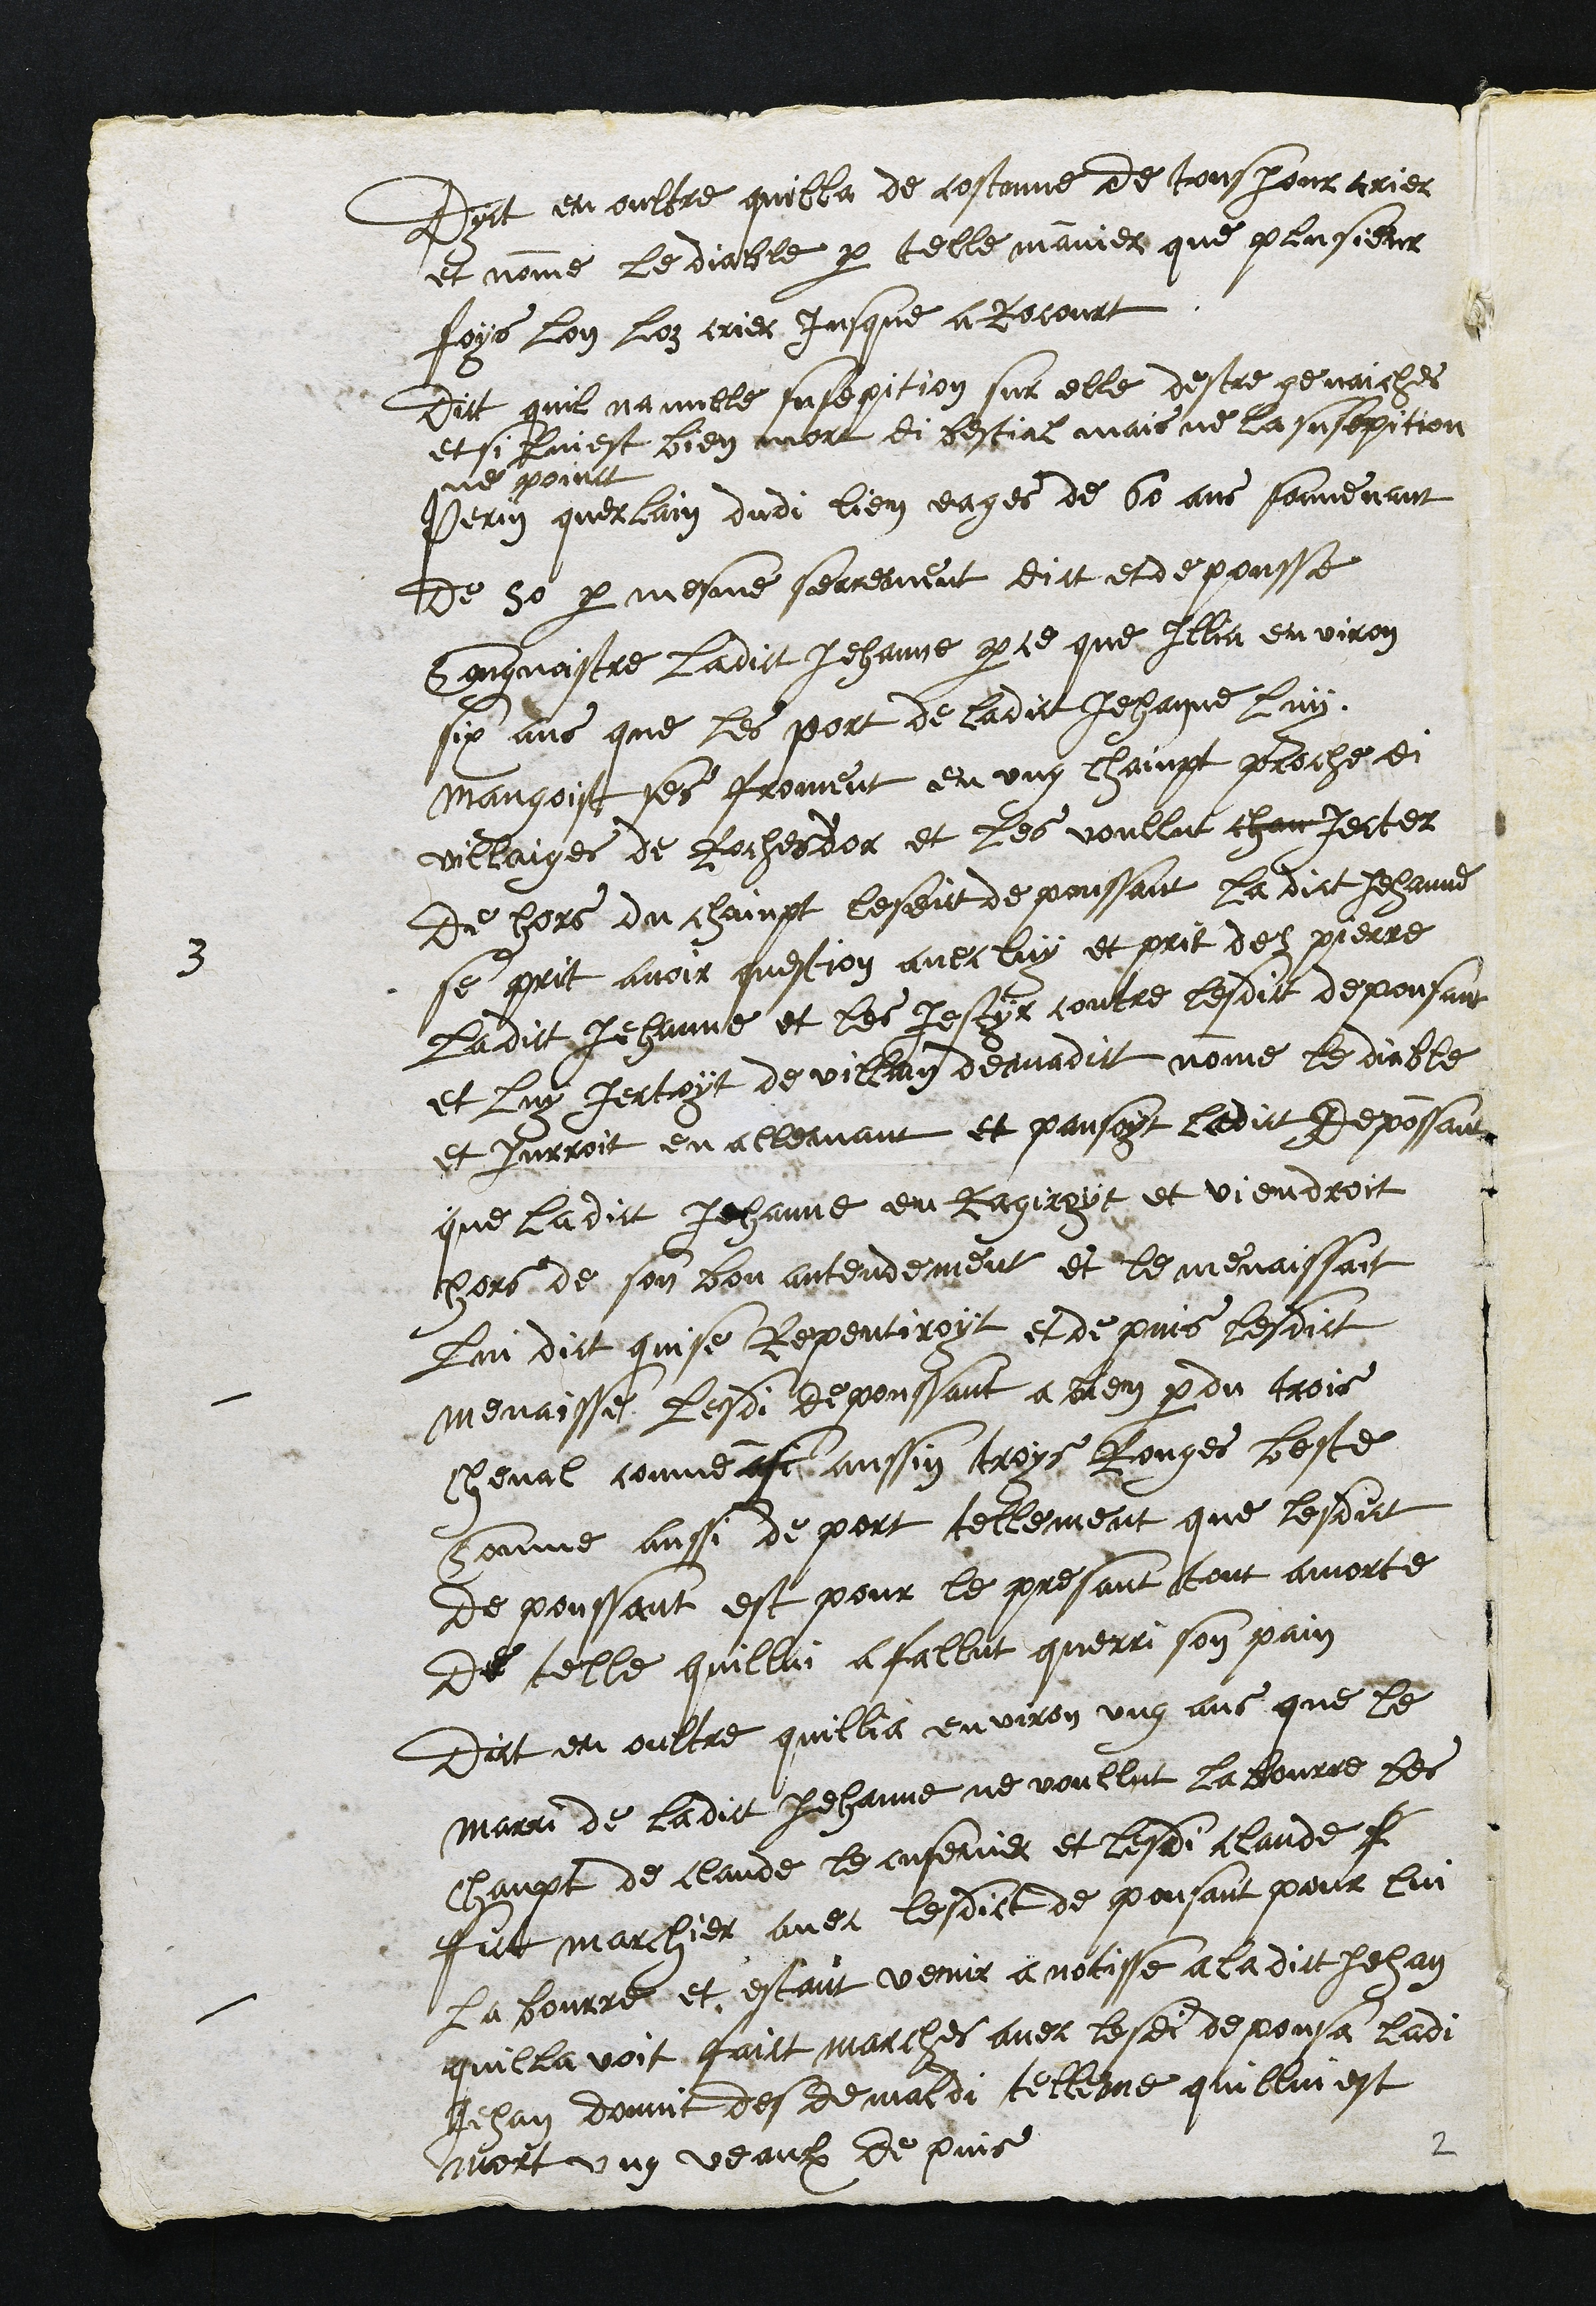
Dyct en oultre quilla de costome de tousjour crier
et nomme le diable par telle manier que plusieur
foys lon loz crier jusque a Rocourt
Dict quil na nulle susepition sur elle destre genaiches
et si lui est bien mort di bestial mais ne la susepition
ne poinct
3
Perrin querlain dudi lieu eages de 60 ans souvenant
de 50 par mesme serrement dict et depousse
Congnoistre ladict Jehanne parce que Illia environ
six ans que les port de ladict Jehanne luy
mangoist ses froment en ung chainpt proche di
villaiges de Rochesdor et les voullut chan jecter
de hors du chainpt lesdit depoussant la dict Jehanne
se prit avoir question avec luy et prit des pierre
ladict Jehanne et les jestyr contre lesdict depousant
et luy jectoyt de villain deimadirt nomme le diable
et jurroit en allemant et pansoyt ledict depossant
que ladict Jehanne en Ragiroyt et viendroit
hors de son bon antendement et le menaissait
lui dict quise Repentiroyt et depuis lesdict
menaisse lesdi depoussant a bien perdu trois
cheval comme asi aussin troys Rouges beste
Comme aussi de port tellement que lesdict
depoussant est pour le presant tant amorte
de telle quillui a fallut querri son pain
Dict en oultre quillia environ ung ans que le
mary de ladict Jehanne ne voullut la bourre les
chanpt de Claude le cusenier et lesdi claude
fict marchier avec lesdict depousant pour lui
labourre et estant venir a notisse a ladict Jehan
quilla voit faict marches avec lesdi depousa ladi
Jehan donnit des demaldi telleme quillui est
mort ung veaulx de puis
2